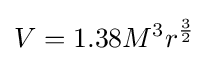
V=1.38M^{3}r^{\frac {3}{2}}